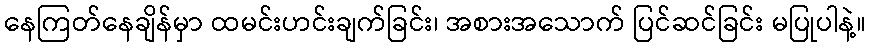
နေကြတ်နေချိန်မှာ ထမင်းဟင်းချက်ခြင်း၊ အစားအသောက် ပြင်ဆင်ခြင်း မပြုပါနဲ့။